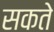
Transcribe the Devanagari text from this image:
सकते